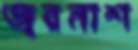
জ্বরনাশ